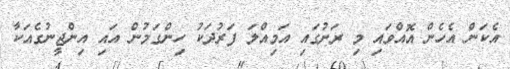
އެކަން އެހެން އޮއްވައި މި ރަށުގައި އަމިއްލަ ފަރުދަކު ހިންގަމުން އައި އިންޖީނުގެއަކާ